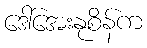
ဒေါ်အေးနုစိန်က